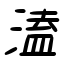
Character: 溘